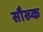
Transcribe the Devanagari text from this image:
सौख्क